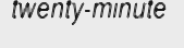
twenty-minute